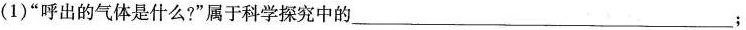
(1)”呼出的气体是什么?”属于科学探究中的___；